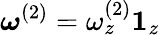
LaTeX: \boldsymbol{\omega}^{(2)}=\omega_{z}^{(2)}\boldsymbol{1}_{z}